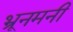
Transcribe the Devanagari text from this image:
भ्रूनमनी